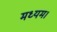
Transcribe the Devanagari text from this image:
मध्यम।